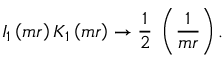
I _ { 1 } \left( m r \right) K _ { 1 } \left( m r \right) \rightarrow { \frac { 1 } { 2 } } \; \left( { \frac { 1 } { m r } } \right) .